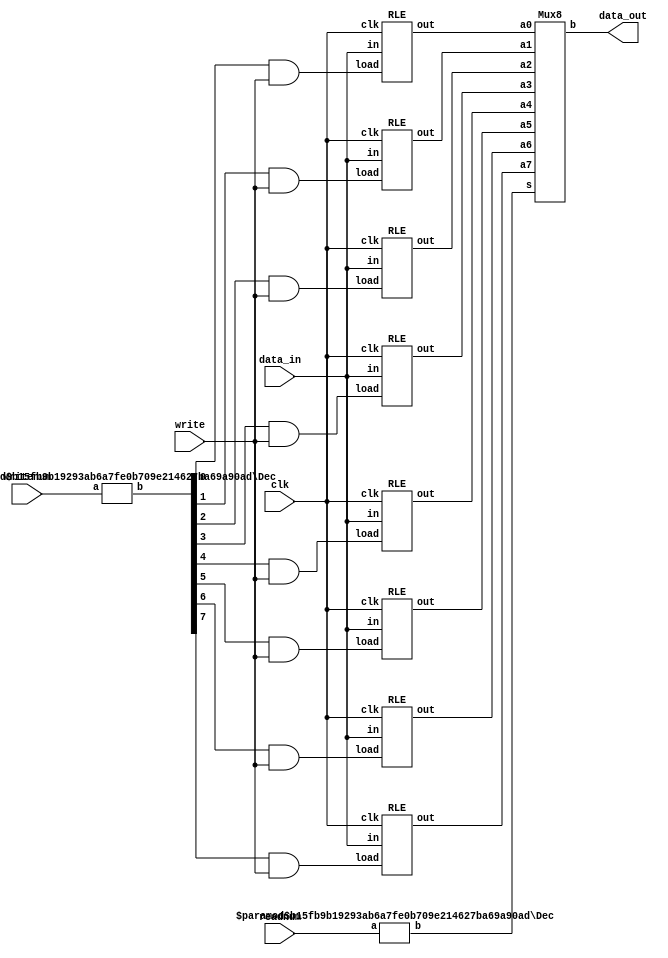
module regfile(data_in,writenum,write,readnum,clk,data_out);
  input [15:0] data_in;
  input [2:0] writenum, readnum;
  input write, clk;
  output [15:0] data_out;

  wire [7:0] writepos, readpos;
  wire [15:0] R0, R1, R2, R3, R4, R5, R6, R7;

//decoder for which one of 8 registers to write to
Dec #(3,8) dec1(writenum, writepos);

//instantiate 8 register files with load enable
RLE r0(data_in, (writepos[0] & write), clk, R0);
RLE r1(data_in, (writepos[1] & write), clk, R1);
RLE r2(data_in, (writepos[2] & write), clk, R2);
RLE r3(data_in, (writepos[3] & write), clk, R3);
RLE r4(data_in, (writepos[4] & write), clk, R4);
RLE r5(data_in, (writepos[5] & write), clk, R5);
RLE r6(data_in, (writepos[6] & write), clk, R6);
RLE r7(data_in, (writepos[7] & write), clk, R7);

//decoder for which register to read from
Dec #(3,8) dec2(readnum, readpos);

//multiplexer to read from correct register
Mux8 mux1(R7, R6, R5, R4, R3, R2, R1, R0, readpos, data_out);

endmodule

//decoder module
module Dec(a, b) ;
  parameter n=2 ;
  parameter m=4 ;

  input  [n-1:0] a ;
  output [m-1:0] b ;

  assign b = 1 << a ;
endmodule

//register with load enable module
module RLE(in, load, clk, out);
  parameter n=16;

  input [n-1:0] in;
  input load, clk;
  output [n-1:0] out;

  reg [n-1:0] tempout;

  always @(posedge clk) begin
	if(load==1'b1)		//only pass input to output if load has logic value 1
	  tempout = in;
  end
  assign out = tempout;

endmodule

module vDFFE(clk, load, in, out);
  parameter n = 16; // width
  input           clk, load ;
  input  [n-1:0]  in ;
  output [n-1:0]  out ;
  reg    [n-1:0]  out ;
  wire   [n-1:0]  next_out ;
  // assign next output to input if load is enabled
  assign next_out = load ? in : out;
  // change output only on rising edge of clk
  always @(posedge clk)
    out = next_out;
endmodule

module Mux8(a7, a6, a5, a4, a3, a2, a1, a0, s, b) ;
  parameter k = 16 ;
  input [k-1:0] a0, a1, a2, a3, a4, a5, a6, a7 ;  // inputs
  input [7:0]   s ; // one-hot select
  output[k-1:0] b ;
  wire [k-1:0] b = ({k{s[0]}} & a0) | 
                   ({k{s[1]}} & a1) |
                   ({k{s[2]}} & a2) |
                   ({k{s[3]}} & a3) |
		           ({k{s[4]}} & a4) | 
                   ({k{s[5]}} & a5) |
                   ({k{s[6]}} & a6) |
                   ({k{s[7]}} & a7) ;
endmodule